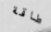
طاقة